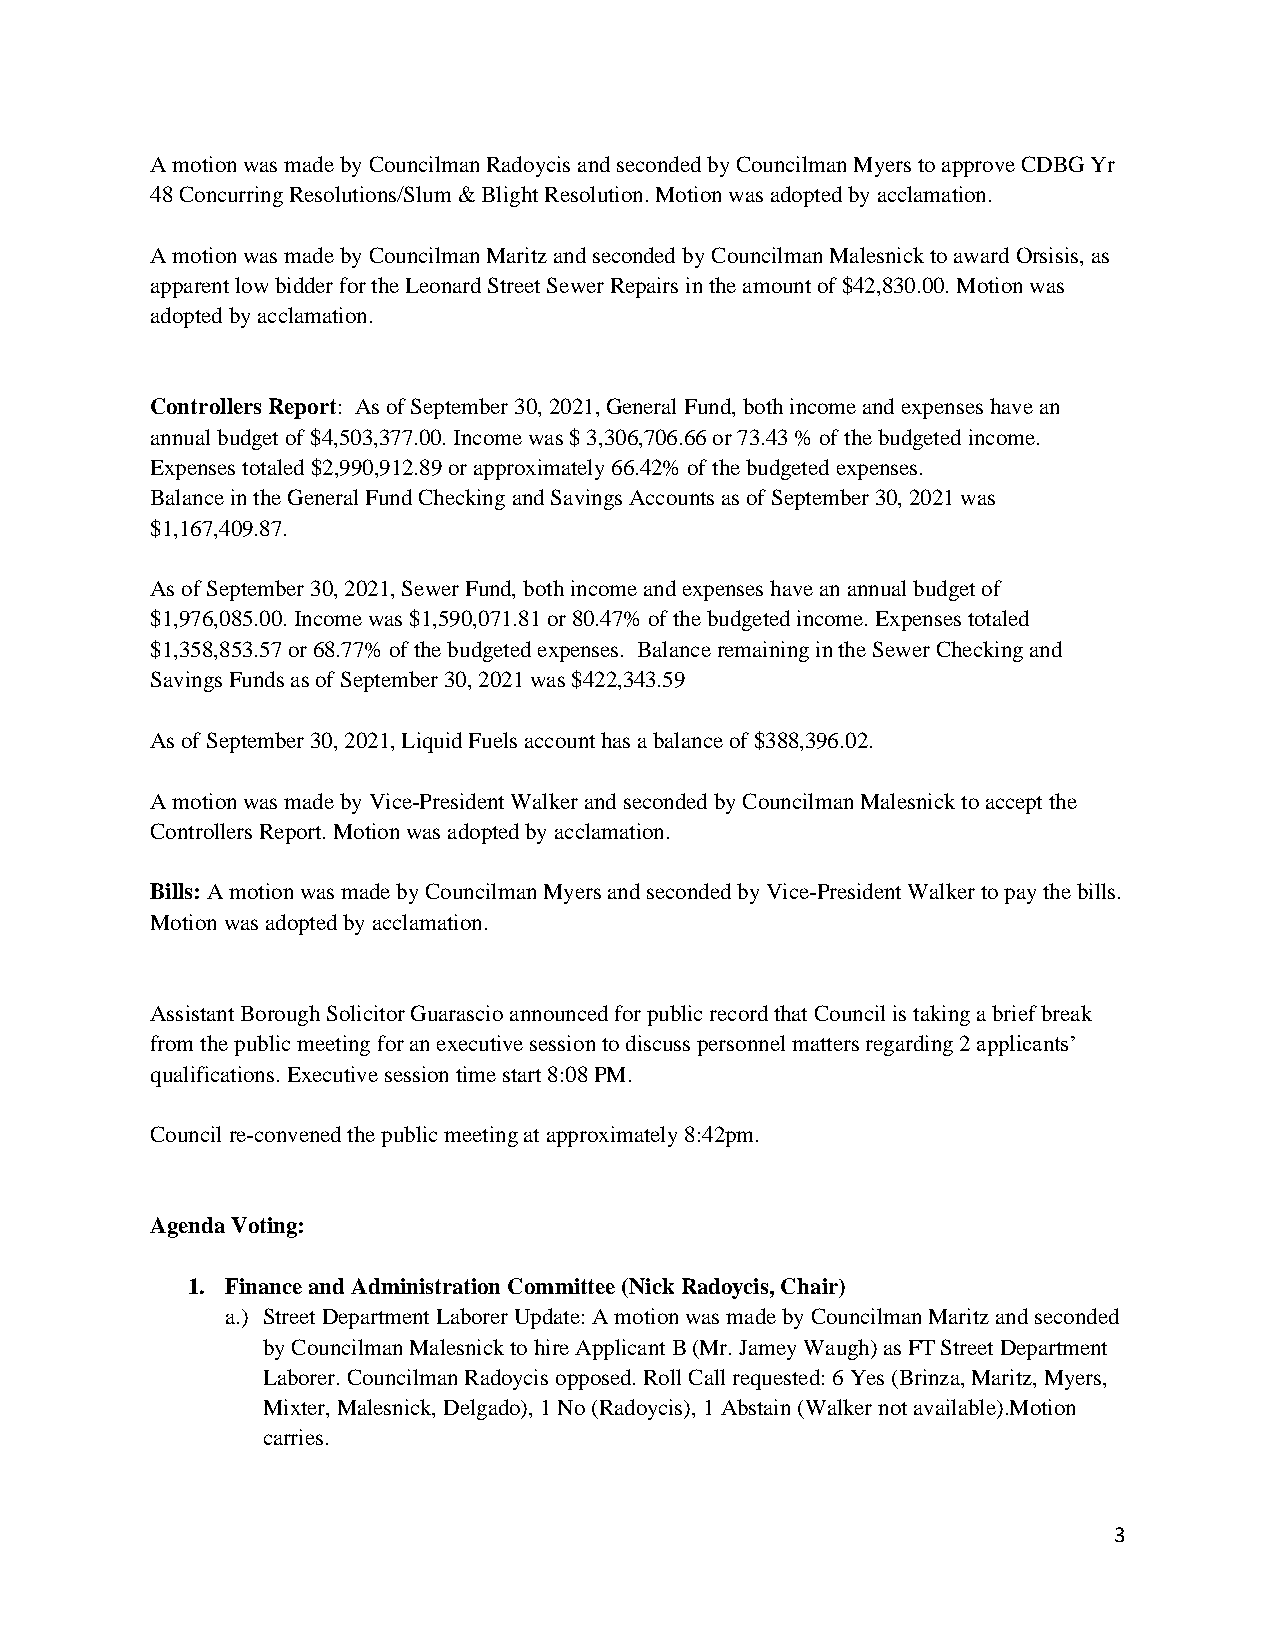
A motion was made by Councilman Radoycis and seconded by Councilman Myers to approve CDBG Yr
 48 Concurring Resolutions/Slum & Blight Resolution. Motion was adopted by acclamation.
 A motion was made by Councilman Maritz and seconded by Councilman Malesnick to award Orsisis, as
 apparent low bidder for the Leonard Street Sewer Repairs in the amount of $42,830.00. Motion was
 adopted by acclamation.
 Controllers Report: As of September 30, 2021, General Fund, both income and expenses have an
 annual budget of $4,503,377.00. Income was $ 3,306,706.66 or 73.43 % of the budgeted income.
 Expenses totaled $2,990,912.89 or approximately 66.42% of the budgeted expenses.
 Balance in the General Fund Checking and Savings Accounts as of September 30, 2021 was
 $1,167,409.87.
 As of September 30, 2021, Sewer Fund, both income and expenses have an annual budget of
 $1,976,085.00. Income was $1,590,071.81 or 80.47% of the budgeted income. Expenses totaled
 $1,358,853.57 or 68.77% of the budgeted expenses. Balance remaining in the Sewer Checking and
 Savings Funds as of September 30, 2021 was $422,343.59
 As of September 30, 2021, Liquid Fuels account has a balance of $388,396.02.
 A motion was made by Vice-President Walker and seconded by Councilman Malesnick to accept the
 Controllers Report. Motion was adopted by acclamation.
 Bills: A motion was made by Councilman Myers and seconded by Vice-President Walker to pay the bills.
 Motion was adopted by acclamation.
 Assistant Borough Solicitor Guarascio announced for public record that Council is taking a brief break
 from the public meeting for an executive session to discuss personnel matters regarding 2 applicants’
 qualifications. Executive session time start 8:08 PM.
 Council re-convened the public meeting at approximately 8:42pm.
 Agenda Voting:
 1. Finance and Administration Committee (Nick Radoycis, Chair)
 a.) Street Department Laborer Update: A motion was made by Councilman Maritz and seconded
 by Councilman Malesnick to hire Applicant B (Mr. Jamey Waugh) as FT Street Department
 Laborer. Councilman Radoycis opposed. Roll Call requested: 6 Yes (Brinza, Maritz, Myers,
 Mixter, Malesnick, Delgado), 1 No (Radoycis), 1 Abstain (Walker not available).Motion
 carries.
 3